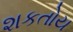
શકતોય